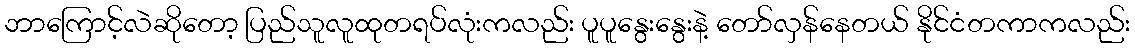
ဘာကြောင့်လဲဆိုတော့ ပြည်သူလူထုတရပ်လုံးကလည်း ပူပူနွေးနွေးနဲ့ တော်လှန်နေတယ် နိုင်ငံတကာကလည်း